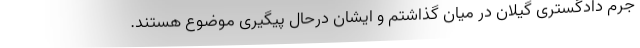
جرم دادگستری گیلان در میان گذاشتم و ایشان درحال پیگیری موضوع هستند.